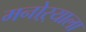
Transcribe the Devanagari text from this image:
मनोऱ्याला